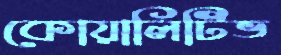
কোয়ালিটিভ